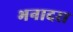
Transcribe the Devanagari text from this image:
भनादरा